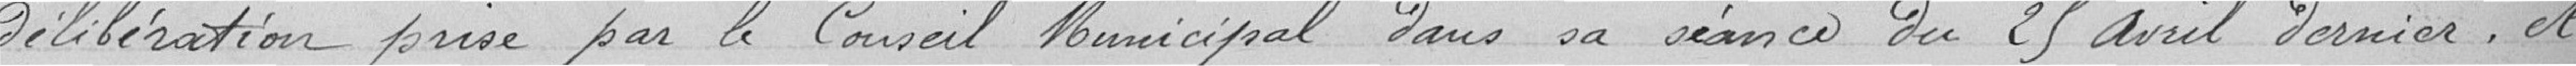
délibération prise par le Conseil Municipal dans sa séance du 25 avril dernier, et